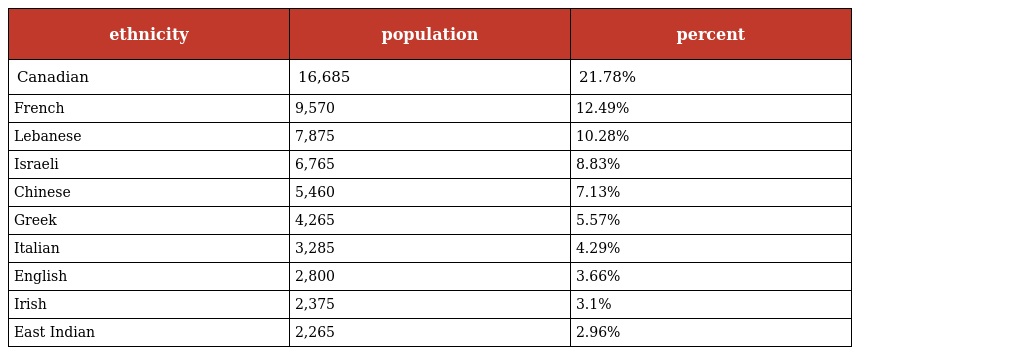
| ethnicity | population | percent |
 | --- | --- | --- |
 | Canadian | 16,685 | 21.78% |
 | French | 9,570 | 12.49% |
 | Lebanese | 7,875 | 10.28% |
 | Israeli | 6,765 | 8.83% |
 | Chinese | 5,460 | 7.13% |
 | Greek | 4,265 | 5.57% |
 | Italian | 3,285 | 4.29% |
 | English | 2,800 | 3.66% |
 | Irish | 2,375 | 3.1% |
 | East Indian | 2,265 | 2.96% |